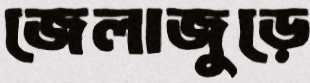
জেলাজুড়ে